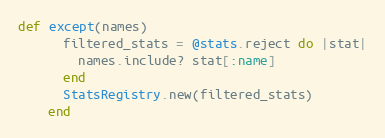
Language: Ruby
def except(names)
      filtered_stats = @stats.reject do |stat|
        names.include? stat[:name]
      end
      StatsRegistry.new(filtered_stats)
    end